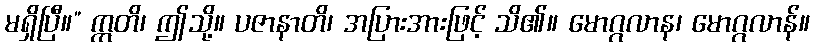
မရှိပြီ။” ဣတိ၊ ဤသို့။ ပဇာနာတိ၊ အပြားအားဖြင့် သိ၏။ မောဂ္ဂလာန၊ မောဂ္ဂလာန်။